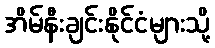
အိမ်နီးချင်းနိုင်ငံများသို့